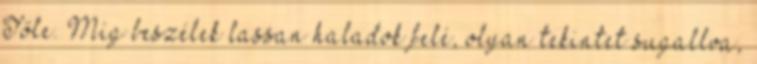
Tőle. Míg beszélek lassan haladok felé, olyan tekintet sugallva,